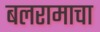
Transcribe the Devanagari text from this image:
बलरामाचा